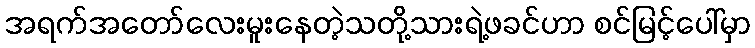
အရက်အတော်လေးမူးနေတဲ့သတို့သားရဲ့ဖခင်ဟာ စင်မြင့်ပေါ်မှာ